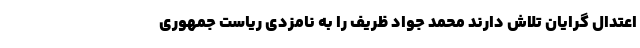
اعتدال گرایان تلاش دارند محمد جواد ظریف را به نامزدی ریاست جمهوری